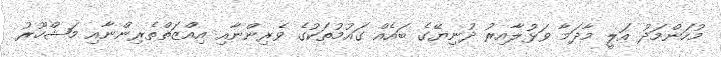
މުހަންމަދު އަލީ މާދަމާ ވަޅުލާއިރު ދުނިޔޭގެ ބައެއް ގައުމުތަކުގެ ވެރިންނާއި އިއްޒަތްތެރިންނާއި މަޝްހޫރު